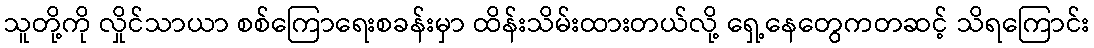
သူတို့ကို လှိုင်သာယာ စစ်ကြောရေးစခန်းမှာ ထိန်းသိမ်းထားတယ်လို့ ရှေ့နေတွေကတဆင့် သိရကြောင်း